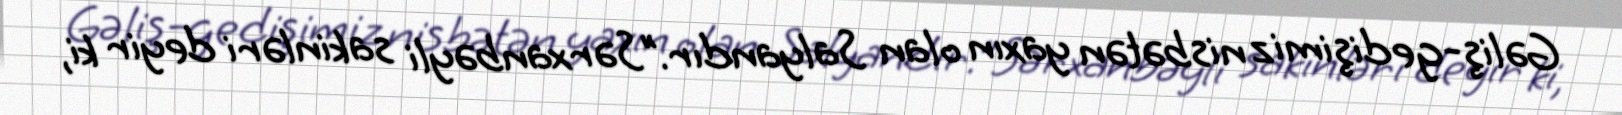
Gəliş-gedişimiz nisbətən yaxın olan Salyandır.”Sərxanbəyli sakinləri deyir ki,